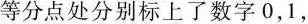
等分点处分别标上了数字0，1，